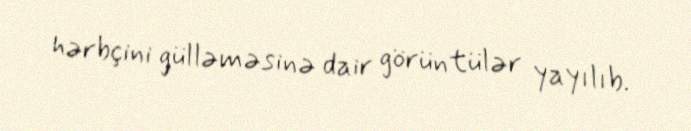
hərbçini gülləməsinə dair görüntülər yayılıb.